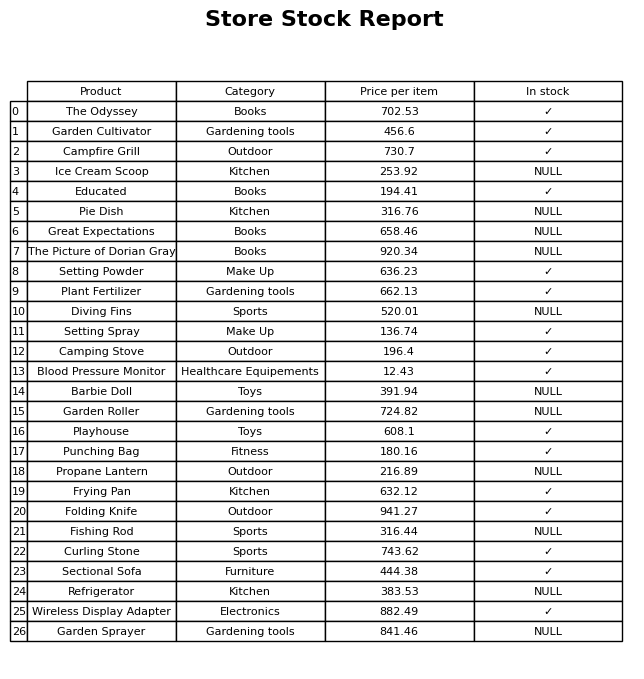
question: What is the price of the Plant Fertilizer?
answer: The price of Plant Fertilizer is 662.13.